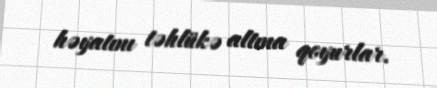
həyatını təhlükə altına qoyurlar.